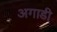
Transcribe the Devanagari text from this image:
अगाडी